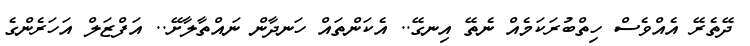
ދޭތެރޭ އެއްވެސް ހިތްބުރަކަމެއް ނެތޭ އިނގޭ.. އެކަންތައް ހަނދާން ނައްތާލާށޭ.. އަފްޒަލް އަހަރެންގެ